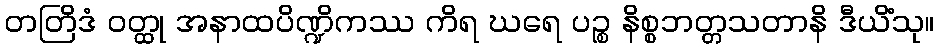
တတြိဒံ ဝတ္ထု အနာထပိဏ္ဍိကဿ ကိရ ဃရေ ပဉ္စ နိစ္စဘတ္တသတာနိ ဒီယိံသု။